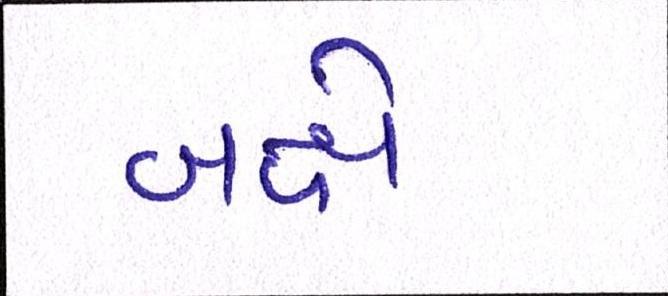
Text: બક્ષે